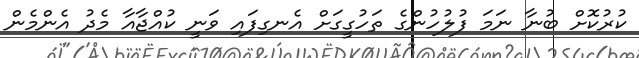
ކުރުކޮށް ބުނާ ނަމަ ފުލުހުންގެ ތަހުގީގަށް އެނގިފައި ވަނީ ކުއްޖާއާ މެދު އެންމެން